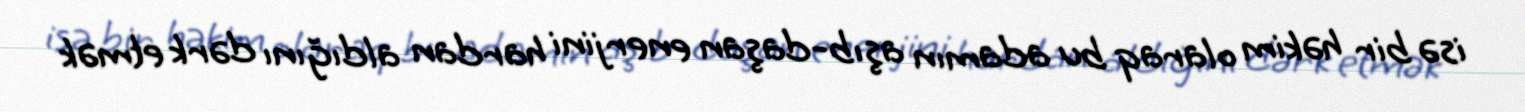
isə bir həkim olaraq bu adamın aşıb-daşan enerjini hardan aldığını dərk etmək